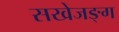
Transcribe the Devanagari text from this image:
सखेजङ्ग